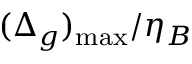
( \Delta _ { g } ) _ { \operatorname* { m a x } } / \eta _ { B }